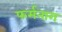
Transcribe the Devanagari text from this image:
फर्मनाग